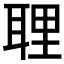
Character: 𦕸